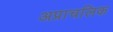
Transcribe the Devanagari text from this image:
अप्राचलिक